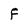
Character: F